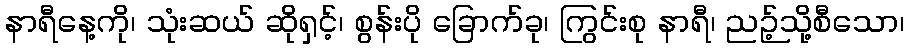
နာရီနေ့ကို၊ သုံးဆယ် ဆိုရှင့်၊ စွန်းပို ခြောက်ခု၊ ကြွင်းစု နာရီ၊ ညဉ့်သို့စီသော၊